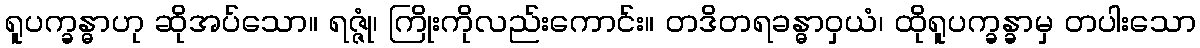
ရူပက္ခန္ဓာဟု ဆိုအပ်သော။ ရဇ္ဇုံ၊ ကြိုးကိုလည်းကောင်း။ တဒိတရခန္ဓာဝှယံ၊ ထိုရူပက္ခန္ခာမှ တပါးသော